Report of the Imperial Institute of Veterinary Research, Muktesar
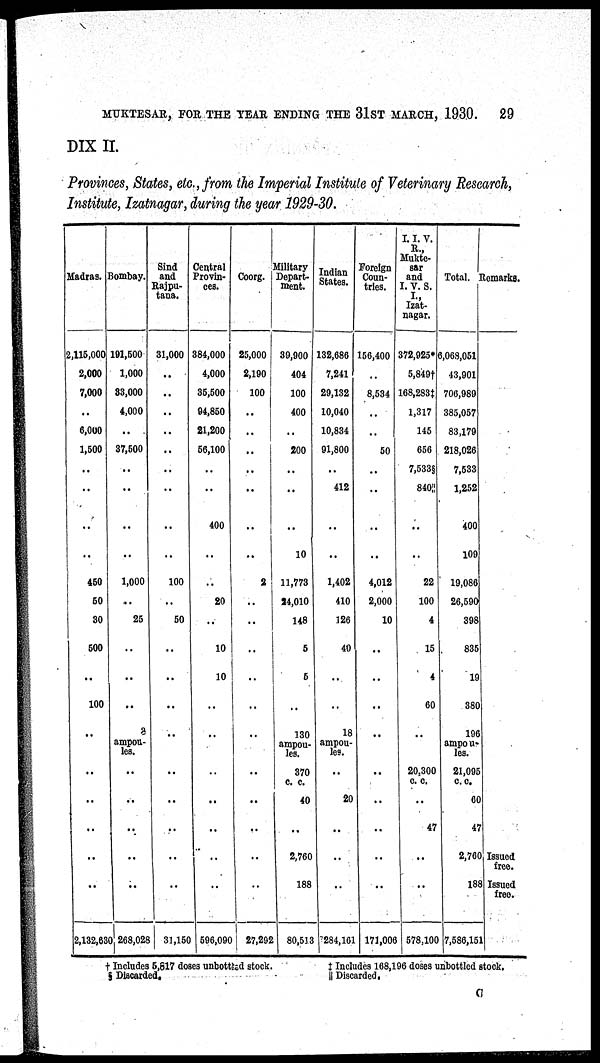
MUKTESAR, FOR THE YEAR ENDING THE 31ST MARCH, 1930.
29
DIX II.
Provinces, States, etc., from the Imperial Institute of Veterinary Research,
Institute, Izatnagar, during the year 1929-30.
Madras.
2,115,000
2,000
7,000
..
6,000
1,500
..
..
..
..
450
50
30
500
..
100
..
..
..
..
..
..
..
2,132,630
Bombay.
191,500
1,000
33,000
4,000
..
37,500
..
..
..
..
1,000
..
25
..
..
..
3
ampou-
les.
..
..
..
..
..
268,028
Sind
and
Rajpu¬
tana.
31,000
..
..
..
..
..
..
..
..
..
100
..
50
..
..
..
..
..
..
..
..
..
..
31,150
Central
Provin-
ces.
384,000
4,000
35,500
94,850
21,200
56,100
..
400
..
..
20
..
10
10
..
..
..
..
..
..
..
..
596,090
Coorg.
25,000
2,190
100
..
..
..
...
..
..
..
2
..
..
..
..
..
..
..
..
..
..
...
..
27,292
Military
Depart-
ment.
39,900
404
100
400
..
200
..
..
..
10
11,773
24,010
148
5
5
..
130
ampou-
les.
370
c. c.
40
..
2,760
188
80,513
Indian
States.
132,686
7,241
29,132
10,040
10,834
91,800
..
412
..
..
1,402
410
126
40
..
..
18
ampou-
les.
..
20
..
..
..
284,161
Foreign
Coun-
tries.
156,400
8,534
..
..
50
...
..
..
4,012
2,000
10
..
..
..
..
..
..
..
171,006
I. I. V.
R.,
Mukte¬
sar
and
I. V. S.
I.,
Izat-
nagar.
372,925*
5,849†
168,283‡
1,317
145
656
7,533§
840
22
100
4
15
4
60
..
..
20,300
c. c.
..
47
578,100
Total.
6,068,051
43,901
706,989
385,057
83,179
218,026
7,533
1,252
400
109
19,086
26,590
398
835
19
380
196
ampou-
les.
21,095
c. c.
60
47
2,760
188
7,586,151
Remarks.
Issued
free.
Issued
free.
† Includes 5,617 doses unbottled stock
‡
Includes 168,196 doses unbottled stock,
§ Discarded,
|| Discarded,